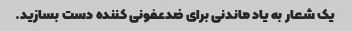
یک شعار به یاد ماندنی برای ضدعفونی کننده دست بسازید.